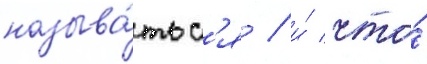
называ́тьс'я / и́ что́